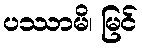
ပဿာမိ၊ မြင်